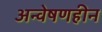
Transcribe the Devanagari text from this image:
अन्वेषणहीन